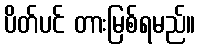
ပိတ်ပင် တားမြစ်ရမည်။